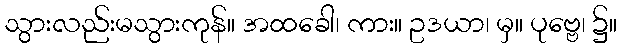
သွားလည်းမသွားကုန်။ အထခေါ၊ ကား။ ဥဒယာ၊ မှ။ ပုဗ္ဗေ၊ ၌။